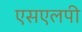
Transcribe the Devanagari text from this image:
एसएलपी